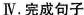
Ⅳ.完成句子